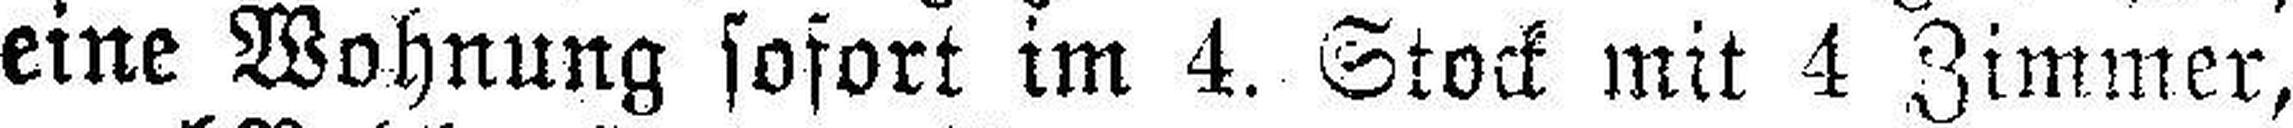
eine Wohnung sofort im 4. Stock mit 4 Zimmer,